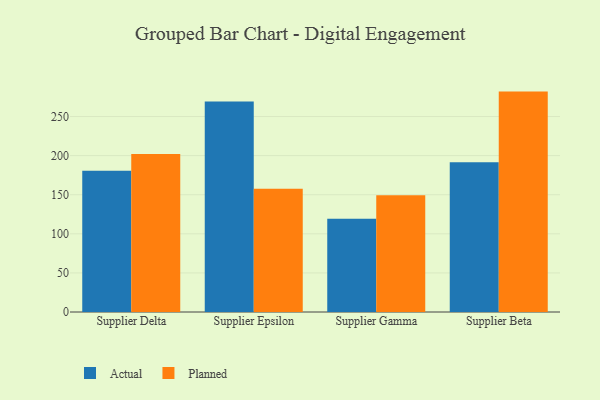
{"axis": {"x": "Supplier", "y": "Headcount"}, "legend": ["Actual", "Planned"], "data": [{"x": "Supplier Delta", "y": 180.8, "type": "Actual"}, {"x": "Supplier Delta", "y": 202.2, "type": "Planned"}, {"x": "Supplier Epsilon", "y": 269.1, "type": "Actual"}, {"x": "Supplier Epsilon", "y": 157.8, "type": "Planned"}, {"x": "Supplier Gamma", "y": 119.3, "type": "Actual"}, {"x": "Supplier Gamma", "y": 149.2, "type": "Planned"}, {"x": "Supplier Beta", "y": 191.6, "type": "Actual"}, {"x": "Supplier Beta", "y": 281.9, "type": "Planned"}]}